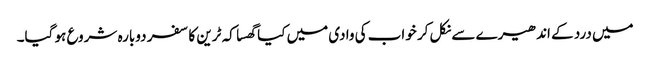
میں درد کے اندھیرے سے نکل کر خواب کی وادی میں کیا گھسا کہ ٹرین کا سفر دوبارہ شروع ہو گیا۔